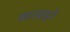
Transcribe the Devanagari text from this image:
कारबाइनें